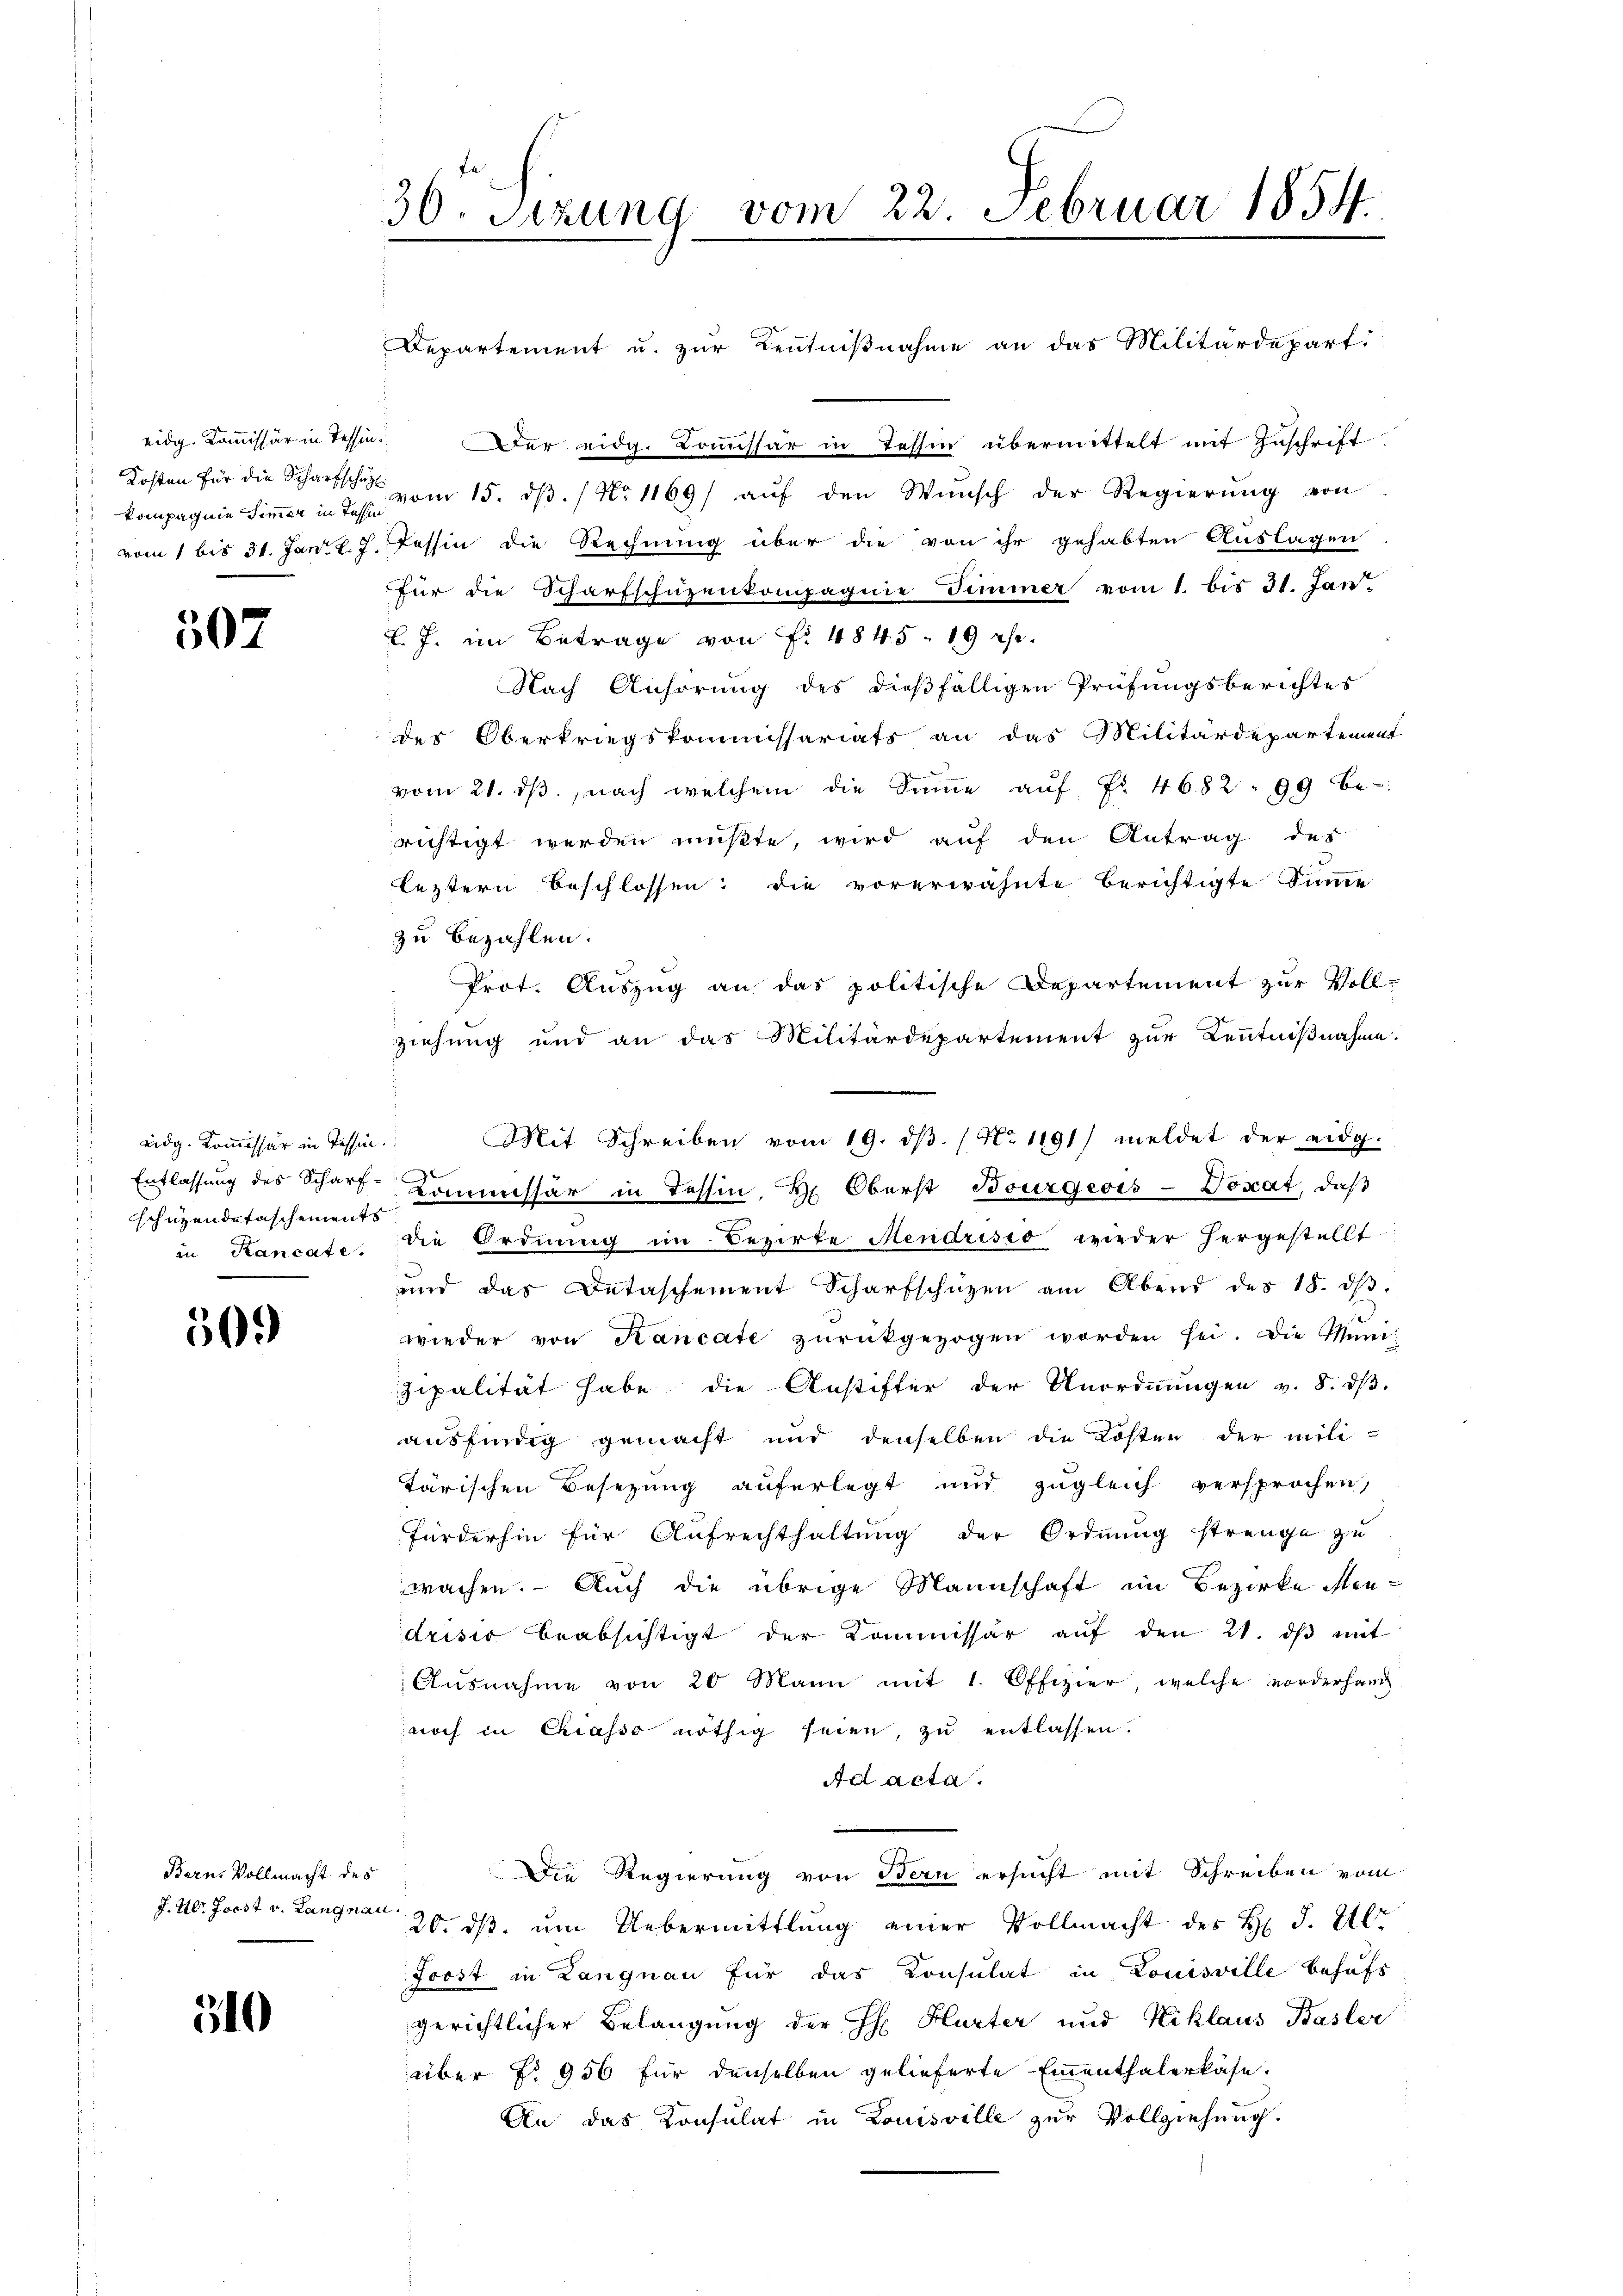
kompagnie Simmer in Tessi

507

eidg. Kommissär in Tessin.
schützendetaschements

509

Bern, Vollmacht des

310

36. Sizung vom 22. Februar 1854.

Departement u. zur Kenntnißnahme an das Militärdepart
eidg. Koṁissär in Tessin. Der eidg. Bossar in Tessin übermittelt mit Zuschrift
 Kosten für die Scharfs am 15. dβ. / No 1169/ aŭf den Wŭnsch der Regierŭng von
vom 1 bis 31. Janz. 7. Tessin die Rechnung über die von ihr gehabten Auslagen
für die Scharfschüzenkompagnie Zimmer vom 1. bis 31. Jan
l. J. im Betrage von Fr. 4845. 19 c.
Nach Anhörung des dießfälligen Prüfungsberichtes
des Oberkriegskommissariats an das Militärdepartement
d
vom 21. dβ. nach welchem die Sinne aŭf Fr. 4682. 99 be-
richtigt werden müßte, wird auf den Antrag des
leztern beschlossen; die vorerwähnte berichtigte Summe
zu bezahlen.
Prot. Auszug an das politische Departement zur Voll-
ziehung und an das Militärdepartement zur Kenntnißnahme.
Mit Schreiben vom 19. dβ. (N. 1191) meldet der eidg.
e
Entlassung des Schart-Kommissär in Tessin, Hr. Oberst Bourgeois-Voxat, daβ
in Kancate, die Ordnŭng im Bezirke Mendristo wieder hergestellt
und das Detaschement Scharfschüzen am Abend des 18. dβ.
wieder von Kancate zŭrückgezogen worden sei. Die Muni-
zipalität habe die Anstifter der Anordnungen v. 8. dβ.
ausfindig gemacht und denselben die Kosten der militärischen Besezung auferlegt und zugleich versprochen,
fürderhin für Aufrechthaltung der Ordnung strenge zu
wachen. – Auch die übrige Mannschaft im Bezirke Mendrisio beabsichtigt der Kommissär aŭf den 21. dβ mit
Aŭsnahme von 20 Mann mit 1. Offizier, welche vorderhang
noch in Chiasso nöthig seien, zu entlassen.
Ad acta.
Die Regierung von Bern ersucht mit Schreiben vom
J. Ulr. Jost v. Langnau 20. dβ ŭm Uebermittlung einer Vollmacht des H S. 210
Forst in Langnau für das Consulat in Louisville behufs
gerichtlicher Belangung der H: Hurter und Niklaus Basler
über No 956 für denselben gelieferte Ementhalerkäse.
An das Konsulat in Louisville zur Vollziehung.